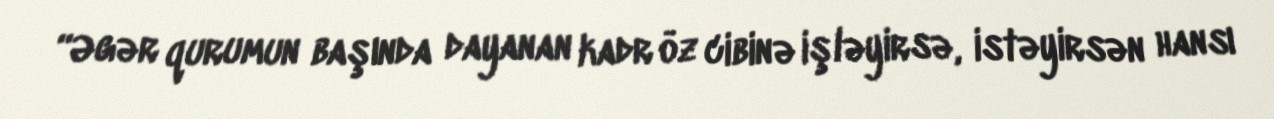
“Əgər qurumun başında dayanan kadr öz cibinə işləyirsə, istəyirsən hansı